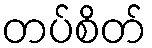
တပ်စိတ်